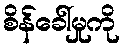
စိန်ခေါ်မှုကို